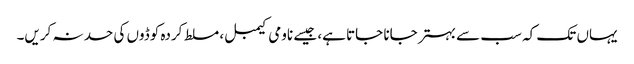
یہاں تک کہ سب سے بہتر جانا جاتا ہے، جیسے ناومی کیمبل، مسلط کردہ کوڈوں کی حد نہ کریں۔